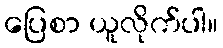
ပြေစာ ယူလိုက်ပါ။